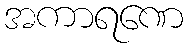
အကာရဏေ